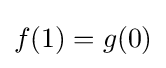
f(1)=g(0)